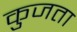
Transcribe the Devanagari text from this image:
कुजता